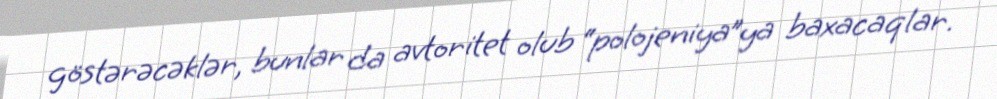
göstərəcəklər, bunlar da avtoritet olub “polojeniya”ya baxacaqlar.